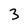
Character: 3